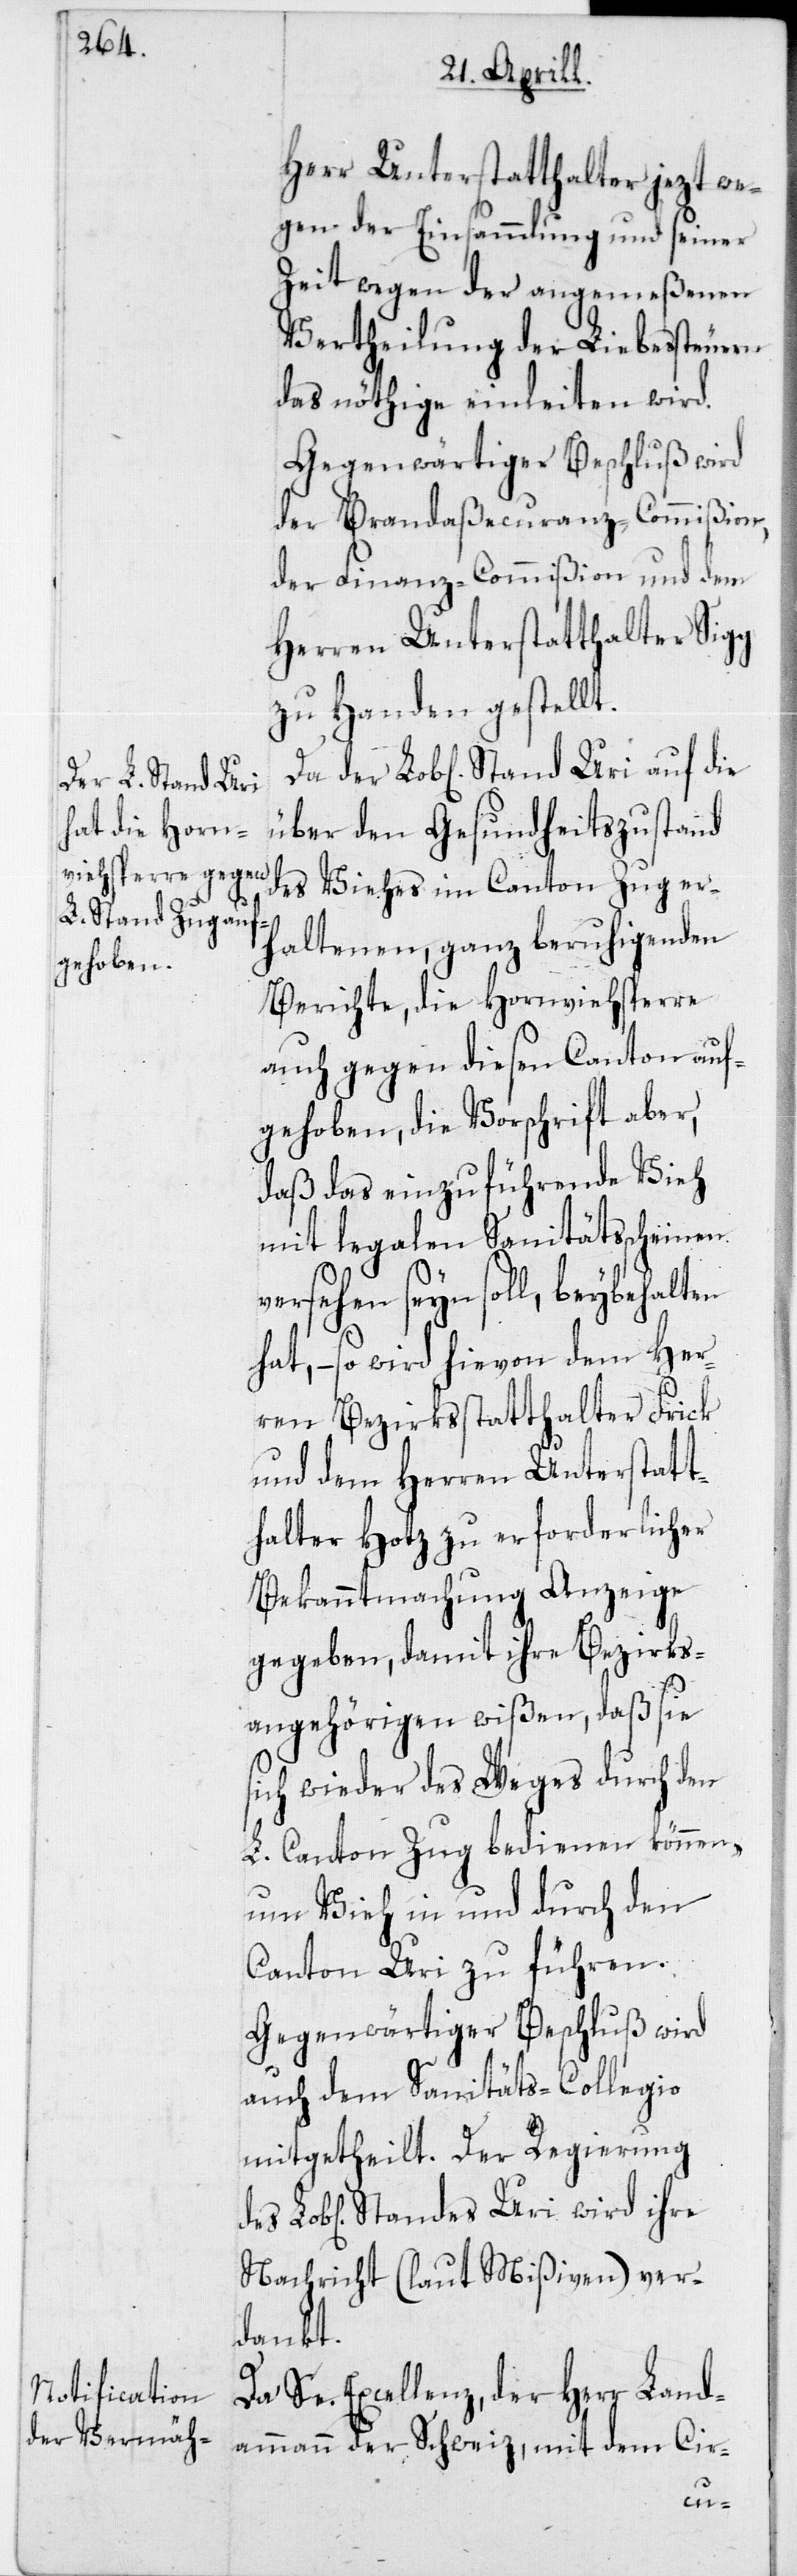
Herr Unterstatthalter jezt we¬
gen der Einsammlung und seiner
Zeit wegen der angemeßenen
Vertheilung der Liebessteuern
das Nöthige einleiten wird.
Gegenwärtiger Beschluß wird
der Brandaßecuranz-Commißion,
der Finanz-Commißion und dem
Herren Unterstatthalter Sigg
zu Handen gestellt.
über den Gesundheitszustand
des Viehes im Canton Zug er¬
haltenen, ganz beruhigenden
Berichte, die Hornviehsperre
auch gegen diesen Canton auf¬
gehoben, die Vorschrift aber,
daß das einzuführende Vieh
mit legalen Sanitätsscheinen
versehen seyn soll, beybehalten
hat, – so wird hievon dem Her¬
ren Bezirksstatthalter Frick
und dem Herren Unterstatt¬
halter Hotz zu erforderlicher
Bekanntmachung Anzeige
gegeben, damit ihre Bezirks¬
angehörigen wißen, daß sie
sich wieder des Weges durch den
L. Canton Zug bedienen können,
um Vieh in und durch den
Canton Uri zu führen.
Gegenwärtiger Beschluß wird
auch dem Sanitäta-Collegio
mitgetheilt. Der Regierung
Nachricht (laut Mißiven) ver¬
dankt.
Da Se. Excellenz, der Herr Land¬
ammann der Schweiz, mit dem Cir-